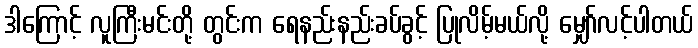
ဒါကြောင့် လူကြီးမင်းတို့ တွင်းက ရေနည်းနည်းခပ်ခွင့် ပြုလိမ့်မယ်လို့ မျှော်လင့်ပါတယ်